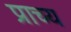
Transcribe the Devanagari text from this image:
प्राच्‍य